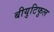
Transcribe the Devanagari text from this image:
बीयुटिफुल